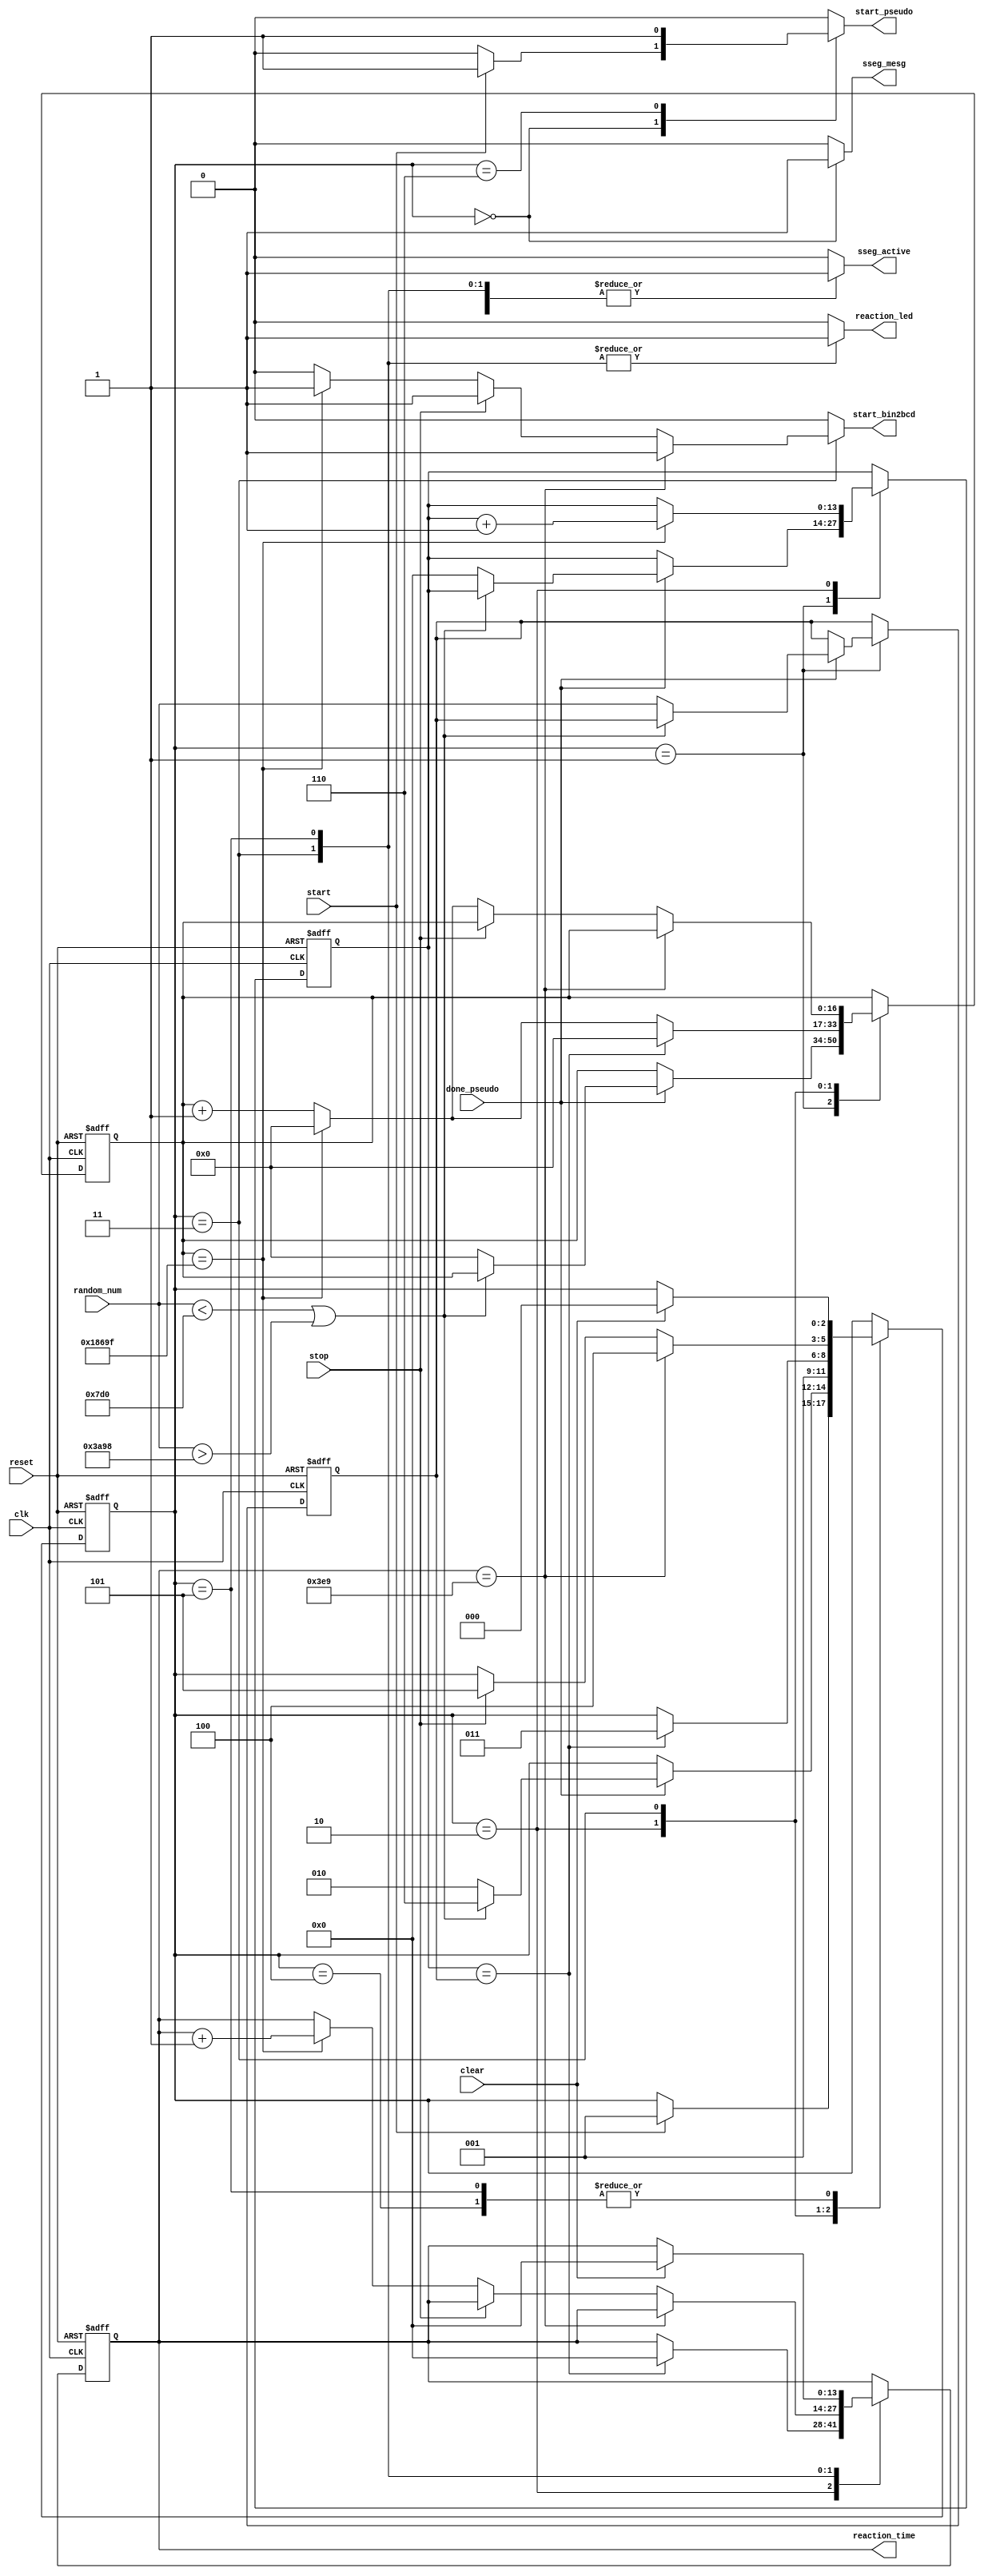
// Reaction timer

module reaction_timer
    (
    input  wire       clk, reset,
    input  wire       start, clear, stop,
    input  wire       done_pseudo,
    input  wire[13:0] random_num,
    output wire[13:0] reaction_time,
    output reg        sseg_active, sseg_mesg,
    output reg        reaction_led,
    output reg        start_pseudo,
    output reg        start_bin2bcd
    );

    // symbolic state declaration
    localparam[2:0]
        idle             = 3'b000,
        get_random_num   = 3'b001,
        retry_random_num = 3'b110,
        random_timer     = 3'b010,
        reaction_timer   = 3'b011,
        fail             = 3'b100,
        done             = 3'b101;

    // constant declarations
    localparam CLK_MS_COUNT      = 100_000,   // 1ms tick (10ns clk)
               REACTION_TIME_MAX = 1_000,     // 1s in ms
               RAND_NUM_MIN      = 2_000,     // Minimum random interval (ms)
               RAND_NUM_MAX      = 15_000;    // Maximum random interval (ms)

    // signal declaration
    reg[2:0]  state_reg,    state_next;
    reg[16:0] tick_reg,     tick_next;     // up to CLK_MS_COUNT
    reg[13:0] period_reg,   period_next;   // up to 15s with 1ms tick
    reg[13:0] random_reg,   random_next;   // up to 15s with 1ms tick
    reg[13:0] reaction_reg, reaction_next; // up to 9.999s with 1ms tick

    // body
    // FSM state and data registers
    always @(posedge clk, posedge reset)
        if (reset)
            begin
                state_reg    <= idle;
                tick_reg     <= 0;
                period_reg   <= 0;
                random_reg   <= 0;
                reaction_reg <= 0;
            end
        else
            begin
                state_reg    <= state_next;
                tick_reg     <= tick_next;
                period_reg   <= period_next;
                random_reg   <= random_next;
                reaction_reg <= reaction_next;
            end

    // FSMD next-state logic
    always @*
    begin
        state_next    = state_reg;
        tick_next     = tick_reg;
        period_next   = period_reg;
        random_next   = random_reg;
        reaction_next = reaction_reg;
        sseg_active   = 1'b0;
        sseg_mesg     = 1'b0;
        start_pseudo  = 1'b0;
        start_bin2bcd = 1'b0;
        reaction_led  = 1'b0;
        case (state_reg)
            idle:
                begin
                    sseg_active = 1'b1;
                    sseg_mesg   = 1'b1;
                    if (start)
                        begin
                            state_next   = get_random_num;
                            start_pseudo = 1'b1;
                        end
                end
            get_random_num:
                begin
                    if (done_pseudo)
                        begin
                            // reject and try again if not between 2 and 15s
                            if (random_num < RAND_NUM_MIN
                                || random_num > RAND_NUM_MAX)
                                state_next = retry_random_num;
                            else
                                begin
                                    random_next = random_num;
                                    state_next  = random_timer;
                                    tick_next   = 0;
                                    period_next = 0;
                                end
                        end
                end
            // This state is required to wait for the pseudo-random
            // generator to exit its done state before another start
            retry_random_num:
                begin
                    start_pseudo = 1'b1;
                    state_next = get_random_num;
                end
            random_timer:
                begin
                    if (tick_reg == CLK_MS_COUNT - 1) // 1ms tick
                        begin
                            tick_next   = 0;
                            period_next = period_reg + 1;
                        end
                    else
                        tick_next = tick_reg + 1;
                    if (period_reg == random_reg)
                        begin
                            state_next    = reaction_timer;
                            reaction_next = 0;
                            tick_next     = 0;
                        end
                end
            reaction_timer:
                begin
                    sseg_active = 1'b1;
                    reaction_led = 1'b1;
                    if (reaction_reg == REACTION_TIME_MAX + 1)
                        begin
                            start_bin2bcd = 1'b1;
                            state_next    = fail;
                        end
                    else if (stop == 1'b1)
                        begin
                            start_bin2bcd = 1'b1;
                            state_next    = done;
                        end
                    else if (tick_reg == CLK_MS_COUNT - 1)
                        begin
                            start_bin2bcd = 1'b1;
                            tick_next     = 0;
                            reaction_next = reaction_reg + 1;
                        end
                    else
                        tick_next = tick_reg + 1;
                end
            fail:
                begin
                    sseg_active = 1'b1;
                    if (clear == 1)
                        state_next = idle;
                end
            done:
                begin
                    sseg_active  = 1'b1;
                    reaction_led = 1'b1;
                    if (clear == 1)
                        begin
                            state_next    = idle;
                            reaction_next = 0;
                        end
                end
        endcase
    end

assign reaction_time = reaction_reg;

endmodule